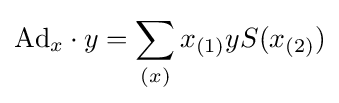
\mathrm {Ad} _{x}\cdot y=\sum _{(x)}x_{(1)}yS(x_{(2)})